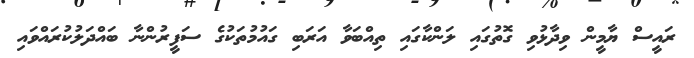
ރައީސް ޔާމީން ވިދާޅުވި ގޮތުގައި ލަންކާގައި ތިއްބަވާ އަރަބި ގައުމުތަކުގެ ސަފީރުންނާ ބައްދަލުކުރައްވައި